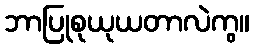
ဘာပြုစုယုယတာလဲကွ။